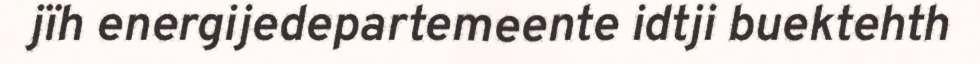
jïh energijedepartemeente idtji buektehth